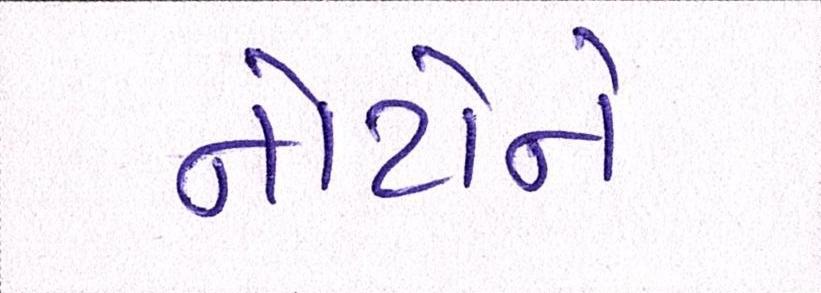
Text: નોટોને